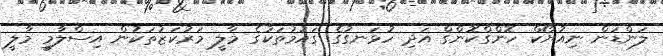
ލަންޑަން ނިއުޔޯކް ހޮންގްކޮންގް އަދި ހުޅަނގުގެ ގައުމުތަކުގެ މާލީ މަރުކަޒުތަކުން އިސްލާމީ މާލީ